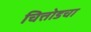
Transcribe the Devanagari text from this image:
चित्तोडचा